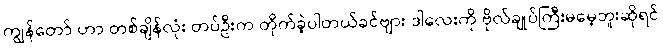
ကျွန်တော် ဟာ တစ်ချိန်လုံး တပ်ဦးက တိုက်ခဲ့ပါတယ်ခင်ဗျား ဒါလေးကို ဗိုလ်ချုပ်ကြီးမမေ့ဘူးဆိုရင်